65_HS1-834228961_62-HQ-83894_Section_1
Agency: FBI
Page 128
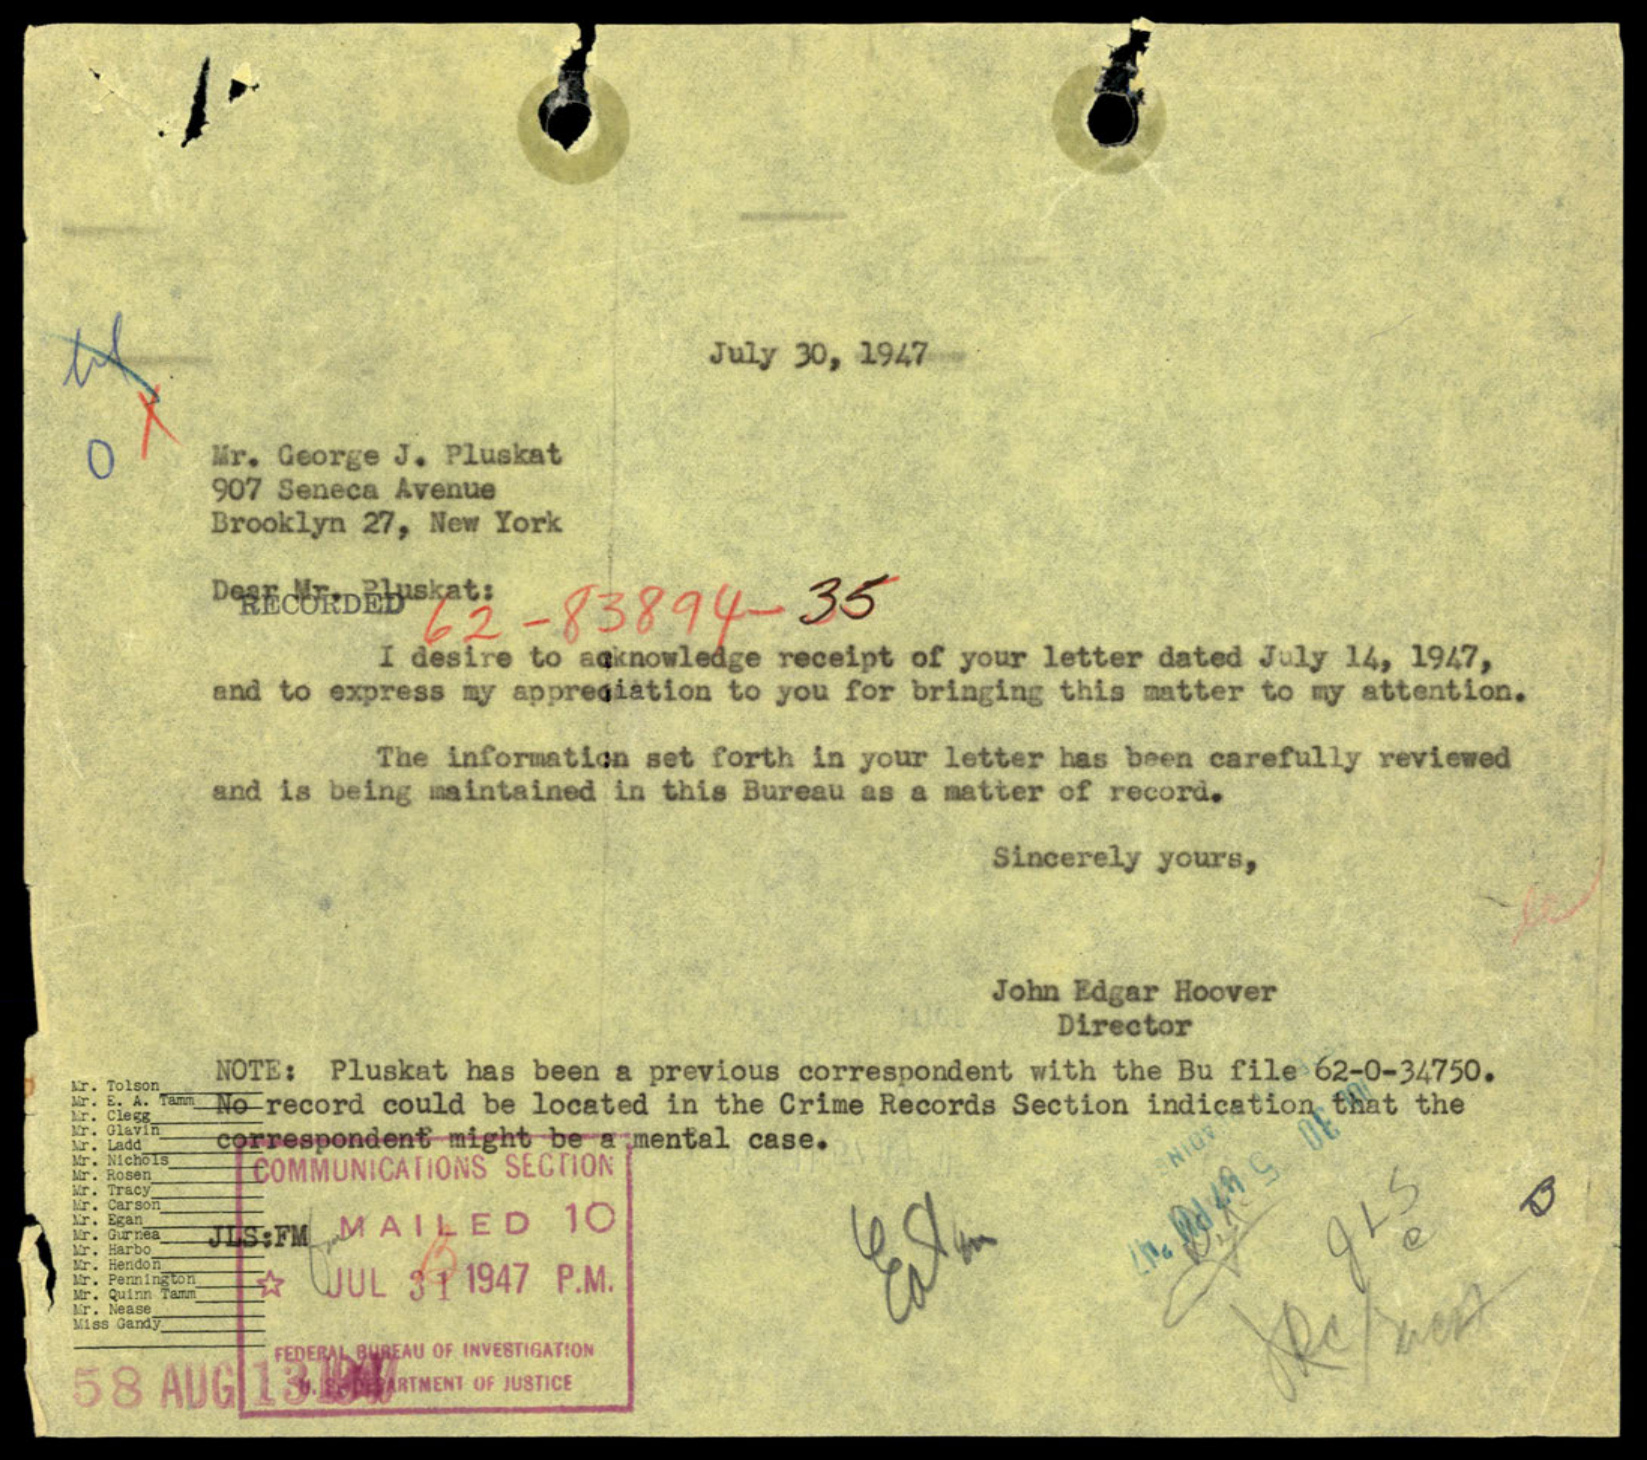